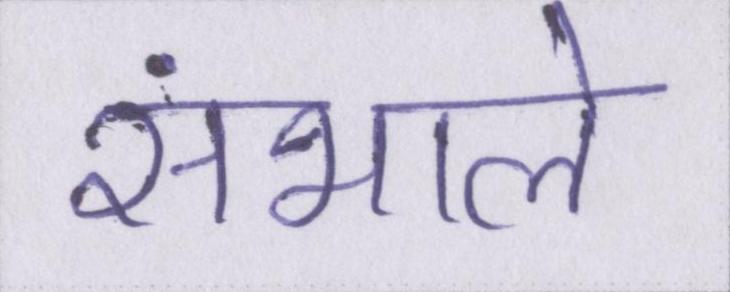
संभाले